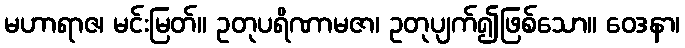
မဟာရာဇ၊ မင်းမြတ်။ ဥတုပရိဏာမဇာ၊ ဥတုပျက်၍ဖြစ်သော။ ဝေဒနာ၊